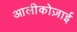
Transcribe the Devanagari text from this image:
आलीकोज़ाई